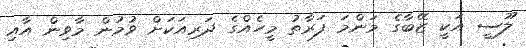
ލޫސީ އަކީ ޒޭބާގެ މަންމަ ފަރާތު މީހެއްގެ ދަރިއަކަށް ވުމުން މާވިން އާއި